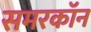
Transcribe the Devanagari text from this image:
समरकॉन